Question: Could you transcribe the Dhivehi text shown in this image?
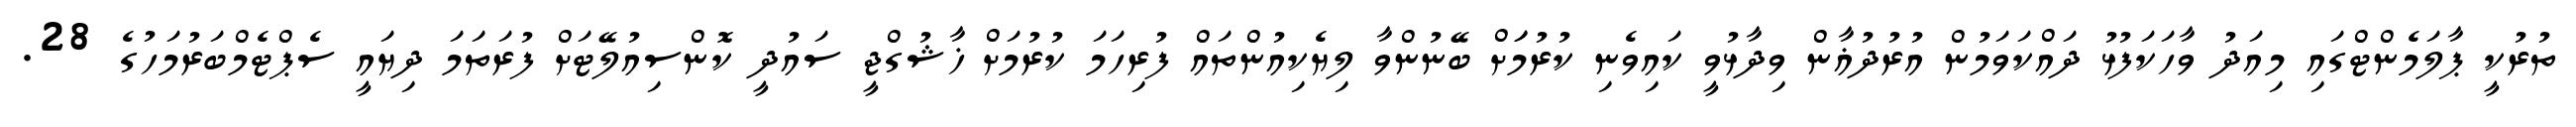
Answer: ތުރުކީ ޕާލަމެންޓްގައި މިއަދު ވާހަކަފުޅު ދައްކަވަމުން އުރުދުޣާން ވިދާޅުވީ ކައިވެނި ކުރުމަަށް ބޭނުންވާ ލިޔެކިއުންތައް ފުރިހަމަ ކުރުމަށް ޚާޝުގްޖީ ސައުދީ ކޮންސިއުލޭޓަށް ފުރަތަމަ ދިޔައީ ސެޕްޓެމްބަރުމަހުގެ 28.